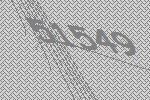
51549